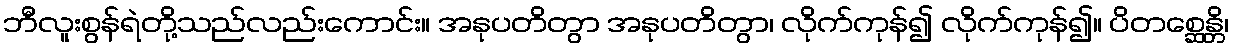
ဘီလူးစွန်ရဲတို့သည်လည်းကောင်း။ အနုပတိတွာ အနုပတိတွာ၊ လိုက်ကုန်၍ လိုက်ကုန်၍။ ပိတစ္ဆေန္တိ၊